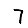
Digit: 7